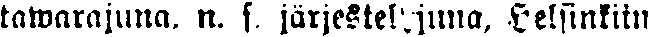
tawarajuna, n. s. järjestelyjuna, Helsinkiin